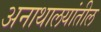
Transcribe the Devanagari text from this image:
अनाथालयांतील